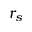
r _ { s }